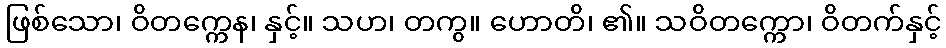
ဖြစ်သော၊ ဝိတက္ကေန၊ နှင့်။ သဟ၊ တကွ။ ဟောတိ၊ ၏။ သဝိတက္ကော၊ ဝိတက်နှင့်